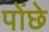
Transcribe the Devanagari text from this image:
पोंछे